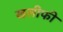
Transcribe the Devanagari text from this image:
खलीफी